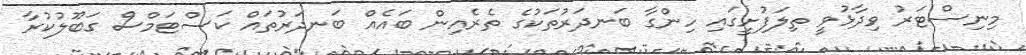
މިނިސްޓަރު ވިދާޅުވީ ތިލަފުށީގައި ހިންގާ ބަނދަރުތަކުގެ ތެރެއިން ބައެއް ބަނދަރުތައް ކަސްޓަމްސް ގަބޫލުކުރާ